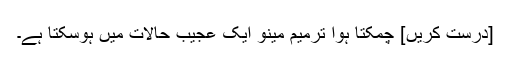
[درست کریں] چمکتا ہوا ترمیم مینو ایک عجیب حالات میں ہوسکتا ہے۔